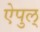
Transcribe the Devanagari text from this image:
ऐपुल्‌